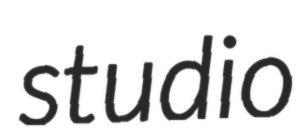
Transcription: studio